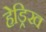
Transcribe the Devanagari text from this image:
हेड्रिख